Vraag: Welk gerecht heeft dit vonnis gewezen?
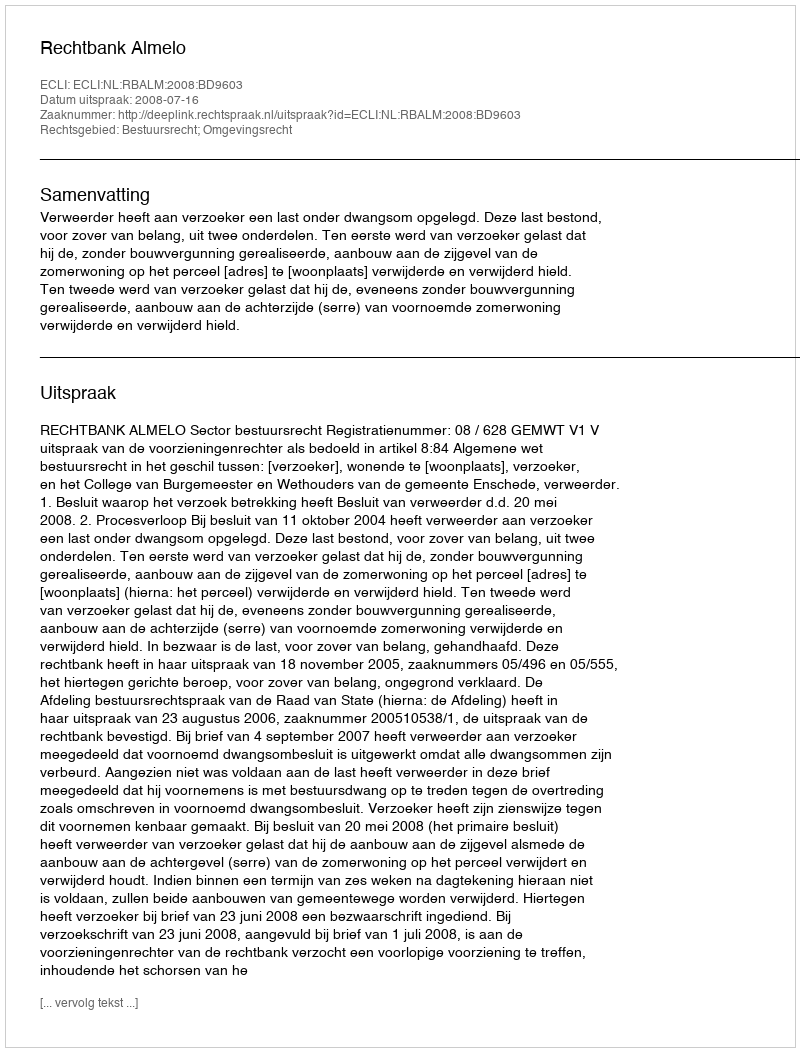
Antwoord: Rechtbank Almelo